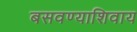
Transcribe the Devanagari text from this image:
बसवण्याशिवाय